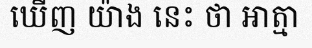
ឃើញ យ៉ាង នេះ ថា អាត្មា